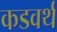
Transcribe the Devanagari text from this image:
कडवर्थ